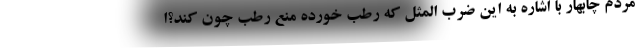
مردم چابهار با اشاره به این ضرب المثل که رطب خورده منع رطب چون کند؟ا